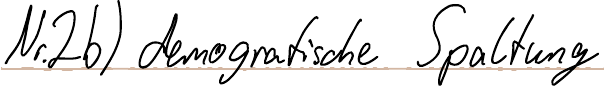
Nr.2 b) demografische Spaltung